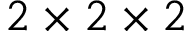
2 \times 2 \times 2